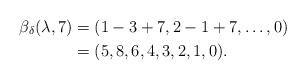
LaTeX: \begin{align*}\beta_\delta(\lambda,7)&=(1-3+7,2-1+7,\dots,0)\\&=(5,8,6,4,3,2,1,0).\end{align*}